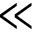
\ll